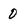
Character: O